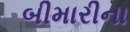
બીમારીના